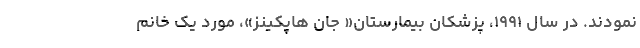
نمودند. در سال ۱۹۹۱، پزشکان بیمارستان« جان هاپکینز»، مورد یک خانم